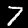
Digit: 7